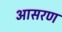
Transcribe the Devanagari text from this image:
आसरण